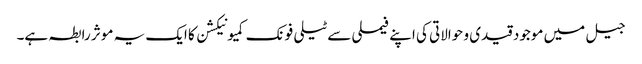
جیل میں موجود قیدی و حوالاتی کی اپنے فیملی سے ٹیلی فونک کمیونیکشن کا ایک یہ موثر رابطہ ہے۔